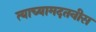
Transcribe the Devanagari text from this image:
त्याच्यामदतनीस